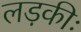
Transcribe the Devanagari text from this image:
लड़कीः